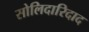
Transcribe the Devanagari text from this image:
सोलिदारिदाद